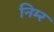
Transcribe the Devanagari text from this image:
निम्‍र